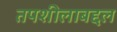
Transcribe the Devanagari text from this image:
तपशीलाबद्दल